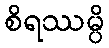
စိရဿမ္ပိ